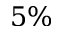
5 \%